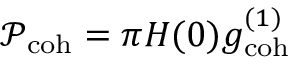
\mathcal { P } _ { \mathrm { c o h } } = \pi H ( 0 ) g _ { \mathrm { c o h } } ^ { ( 1 ) }